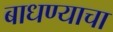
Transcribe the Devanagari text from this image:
बाधण्याचा